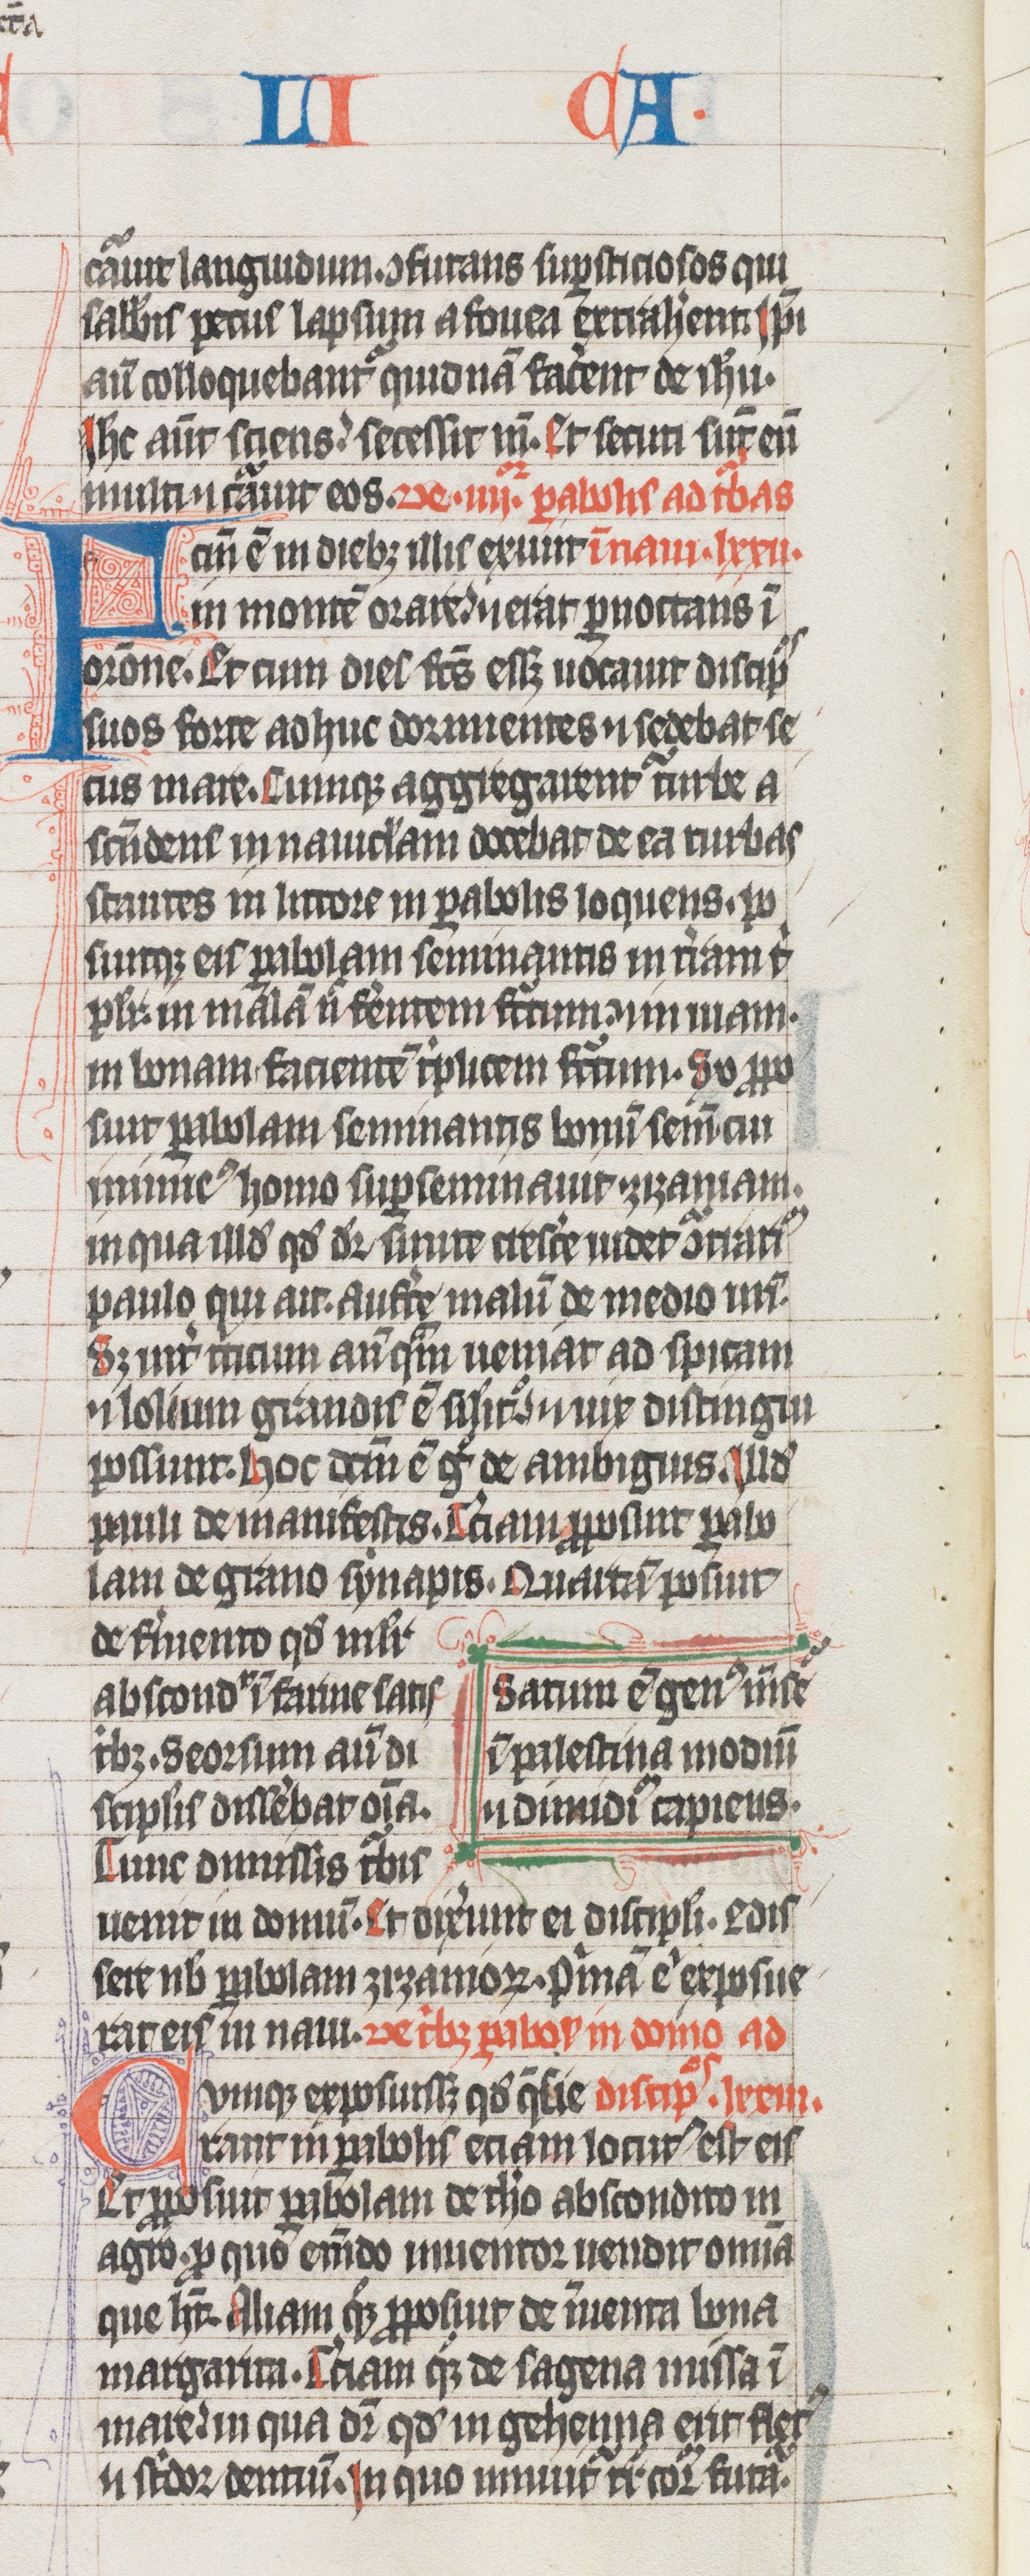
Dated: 1325–1349